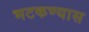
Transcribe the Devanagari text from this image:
भटकण्यास